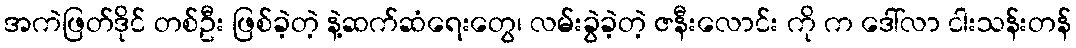
အကဲဖြတ်ဒိုင် တစ်ဦး ဖြစ်ခဲ့တဲ့ နဲ့ဆက်ဆံရေးတွေ၊ လမ်းခွဲခဲ့တဲ့ ဇနီးလောင်း ကို က ဒေါ်လာ ငါးသန်းတန်